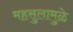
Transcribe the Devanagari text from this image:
महसुलामुळे